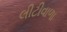
લીટીવાળા